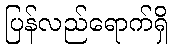
ပြန်လည်ရောက်ရှိ